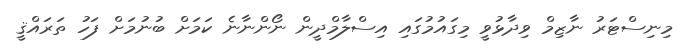
މިނިސްޓަރު ނާޒިމް ވިދާޅުވީ މިގައުމުގައި އިސްލާމްދީން ނޯންނާނެ ކަމަށް ބުނުމަށް ފަހު ތަރައްޤީ